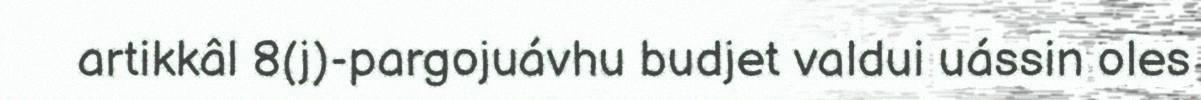
artikkâl 8(j)-pargojuávhu budjet valdui uássin oles